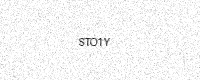
Text: STO1Y